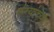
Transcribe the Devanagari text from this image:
नंग्यांच्या